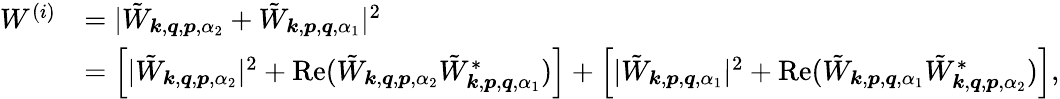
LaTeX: \begin{array}{rl}{W^{(i)}}&{=|\tilde{W}_{\boldsymbol{k},\boldsymbol{q},\boldsymbol{p},\alpha_{2}}+\tilde{W}_{\boldsymbol{k},\boldsymbol{p},\boldsymbol{q},\alpha_{1}}|^{2}}\\ &{=\left[|\tilde{W}_{\boldsymbol{k},\boldsymbol{q},\boldsymbol{p},\alpha_{2}}|^{2}+\mathrm{Re}(\tilde{W}_{\boldsymbol{k},\boldsymbol{q},\boldsymbol{p},\alpha_{2}}\tilde{W}_{\boldsymbol{k},\boldsymbol{p},\boldsymbol{q},\alpha_{1}}^{*})\right]+\left[|\tilde{W}_{\boldsymbol{k},\boldsymbol{p},\boldsymbol{q},\alpha_{1}}|^{2}+\mathrm{Re}(\tilde{W}_{\boldsymbol{k},\boldsymbol{p},\boldsymbol{q},\alpha_{1}}\tilde{W}_{\boldsymbol{k},\boldsymbol{q},\boldsymbol{p},\alpha_{2}}^{*})\right],}\end{array}